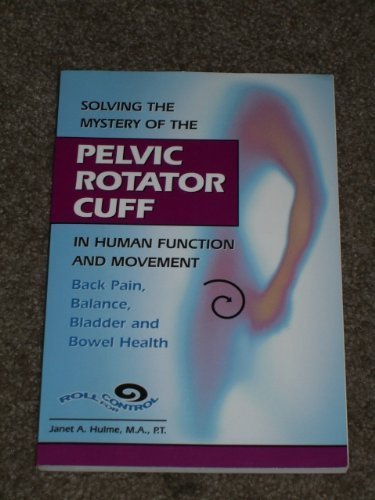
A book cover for Solving the Mystery of the Pelvic Rotator Cuff: Back Pain, Balance, Bladder and Bowel Health; Janet A. Hulme; Health, Fitness & Dieting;